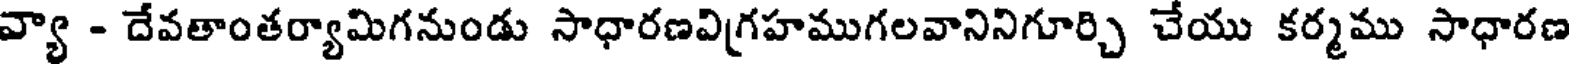
వ్యా - దేవతాంతర్యామిగనుండు సాధారణవిగ్రహముగలవానినిగూర్చి చేయు కర్మము సాధారణ